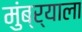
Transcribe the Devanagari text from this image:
मुंब्र्याला